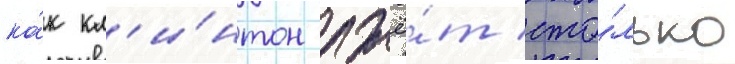
ка́к кл'и́нтон лжё́т сто́лько